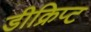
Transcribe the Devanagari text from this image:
डीक्रिप्ट